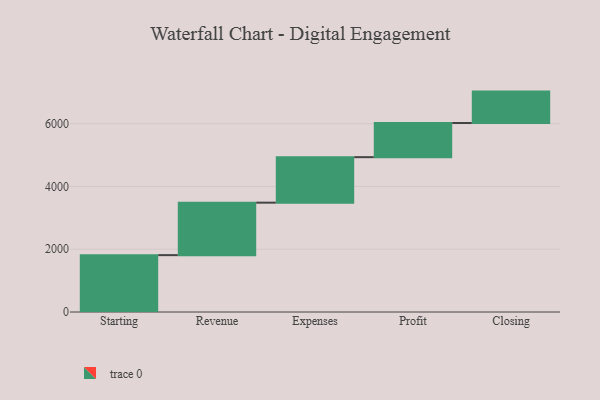
{"axis": {"x": "Step", "y": "Value"}, "legend": [""], "data": [{"x": "Starting", "y": 1812.0, "type": ""}, {"x": "Revenue", "y": 1672.0, "type": ""}, {"x": "Expenses", "y": 1450.0, "type": ""}, {"x": "Profit", "y": 1089.0, "type": ""}, {"x": "Closing", "y": 1000, "type": ""}]}